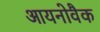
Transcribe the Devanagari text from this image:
आयनोवैक